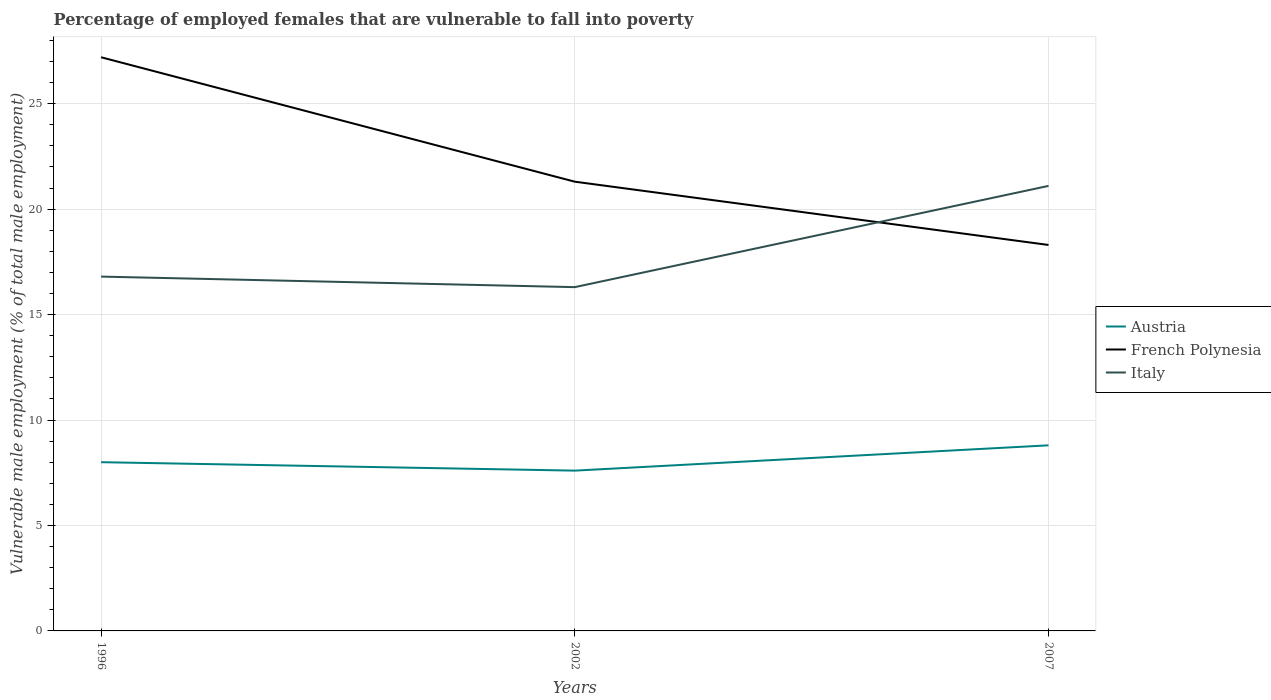
| Years | Austria | French Polynesia | Italy |
 | --- | --- | --- | --- |
 | 1996 | 8 | 27.2 | 16.8 |
 | 2002 | 7.6 | 21.3 | 16.3 |
 | 2007 | 8.8 | 18.3 | 21.1 |